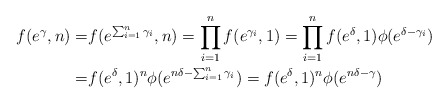
\begin{align*}f(e^{\gamma},n)= & f(e^{\sum_{i=1}^{n}\gamma_{i}},n)=\prod_{i=1}^{n}f(e^{\gamma_{i}},1)=\prod_{i=1}^{n}f(e^{\delta},1)\phi(e^{\delta-\gamma_{i}})\\= & f(e^{\delta},1)^{n}\phi(e^{n\delta-\sum_{i=1}^{n}\gamma_{i}})=f(e^{\delta},1)^{n}\phi(e^{n\delta-\gamma})\end{align*}